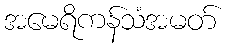
အမေရိကန်သံအမတ်